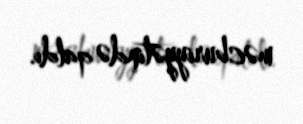
məcburiyyətində qaldı.